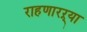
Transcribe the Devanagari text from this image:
राहणारऱ्या